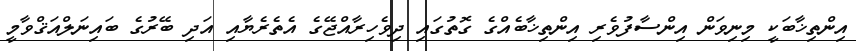
އިންތިޚާބަކީ މިނިވަން އިންސާފުވެރި އިންތިޚާބެއްގެ ގޮތުގައި ދިވެހިރާއްޖޭގެ އެތެރެޔާއި އަދި ބޭރުގެ ބައިނަލްއަޤްވާމީ